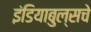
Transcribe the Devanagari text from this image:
इंडियाबुल्सचे